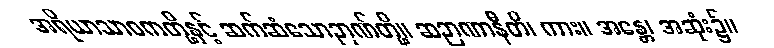
အရိယာသာဝကတို့နှင့် ဆက်ဆံသောဉာဏ်တို့။ ဆဉာဏာနီတိ၊ ကား။ အန္တေ၊ အဆုံး၌။